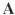
A